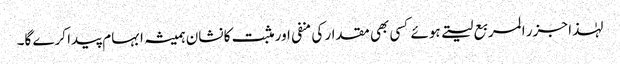
لہٰذا جزر المربع لیتے ہوئے کسی بھی مقدار کی منفی اور مثبت کا نشان ہمیشہ ابہام پیدا کرے گا۔